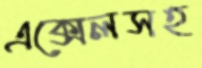
এক্সেলসহ